Insane asylums Bombay 1873-77 - 1873-1877
Year: 1873
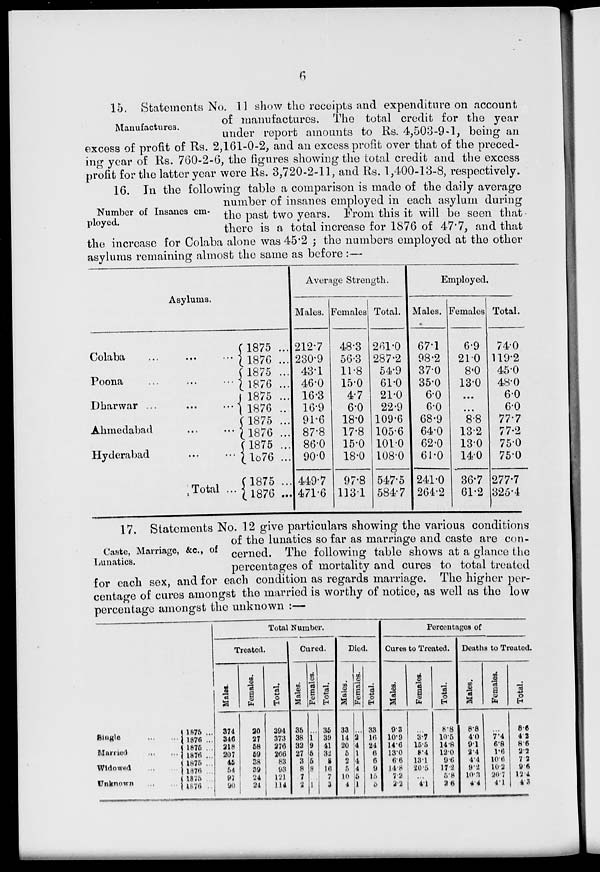
6
Manufactures.
15. Statements No. 11 show the receipts and expenditure on account
of manufactures. The total credit for the year
under report amounts to Rs. 4,503-9-1, being an
excess of profit of Rs. 2,161-0-2, and an excess profit over that of the preced-
ing year of Rs. 760-2-6, the figures showing the total credit and the excess
profit for the latter year were Rs. 3,720-2-11, and Rs. 1,400-13-8, respectively.
Number of Insanes em-
ployed.
16. In the following table a comparison is made of the daily average
number of insanes employed in each asylum during
the past two years. From this it will be seen that
there is a total increase for 1876 of 47.7, and that
the increase for Colaba alone was 45.2 ; the numbers employed at the other
asylums remaining almost the same as before :—
Asylums.
Colaba ... ... ...
Poona
...
...
...
Dharwar ...
...
...
Ahmedabad
...
...
Hyderabad ... ...
Total ...
1875 ...
1876 ...
1875 ...
1876 ...
1875 ...
1876 ...
1875 ...
1876 ...
1875 ...
1876 ...
1875 ...
1876 ...
Average Strength.
Males.
212.7
230.9
43.1
46.0
16.3
16.9
91.6
87.8
86.0
90.0
449.7
471.6
Females
48.3
56.3
11.8
15.0
4.7
6.0
18.0
17.8
15.0
18.0
97.8
1131
Total.
261.0
287.2
54.9
61.0
21.0
22.9
109.6
105.6
101.0
108.0
547.5
584.7
Employed.
Males.
67.1
98.2
37.0
35.0
6.0
6.0
68.9
64.0
62.0
61.0
241.0
264.2
Females
6.9
21.0
8.0
13.0
...
...
8.8
13.2
13.0
14.0
36.7
61.2
Total.
74.0
119.2
45.0
48.0
6.0
6.0
77.7
77.2
75.0
75.0
277.7
325.4
Caste, Marriage, &c., of
Lunatics.
17. Statements No. 12 give particulars showing the various conditions
of the lunatics so far as marriage and caste are con-
cerned. The following table shows at a glance the
percentages of mortality and cures to total treated
for each sex, and for each condition as regards marriage. The higher per-
centage of cures amongst the married is worthy of notice, as well as the low
percentage amongst the unknown :—
Single
...
...
Married ... ...
Widowed ... ...
Unknown
...
...
1875 ...
1876 ...
1875 ...
1876 ...
1875 ...
1876 ...
1875 ...
1876 ...
Total Number.
Treated.
Males.
374
346
218
207
45
54
97
90
Females.
20
27
58
59
38
39
24
24
Total.
394
373
376
266
83
93
121
114
Cured.
Males.
35
38
32
27
3
8
7
2
Females.
...
1
9
5
5
8
1
Total.
35
39
41
32
8
16
7
3
Died.
Males.
33
14
20
5
2
5
10
4
Females.
...
2
4
1
4
4
5
1
Total.
33
16
24
6
6
9
15
5
Percentages of
Cures to Treated.
Males.
9.3
10.9
14.6
13.0
6.6
14.8
7.2
2.2
Females.
...
3.7
15.5
8.4
13.1
20.5
...
4.1
Total.
8.8
10.5
14.8
12.0
9.6
17.2
5.8
2.6
Deaths to Treated.
Males.
8.8
4.0
9.1
2.4
4.4
9.2
10.3
4.4
Females.
...
7.4
6.8
1.6
10.6
10.2
207
4.1
Total.
8.6
4.2
8.6
2.2
7.2
9.6
12.4
4.3